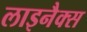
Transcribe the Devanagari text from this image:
लाइनैक्स